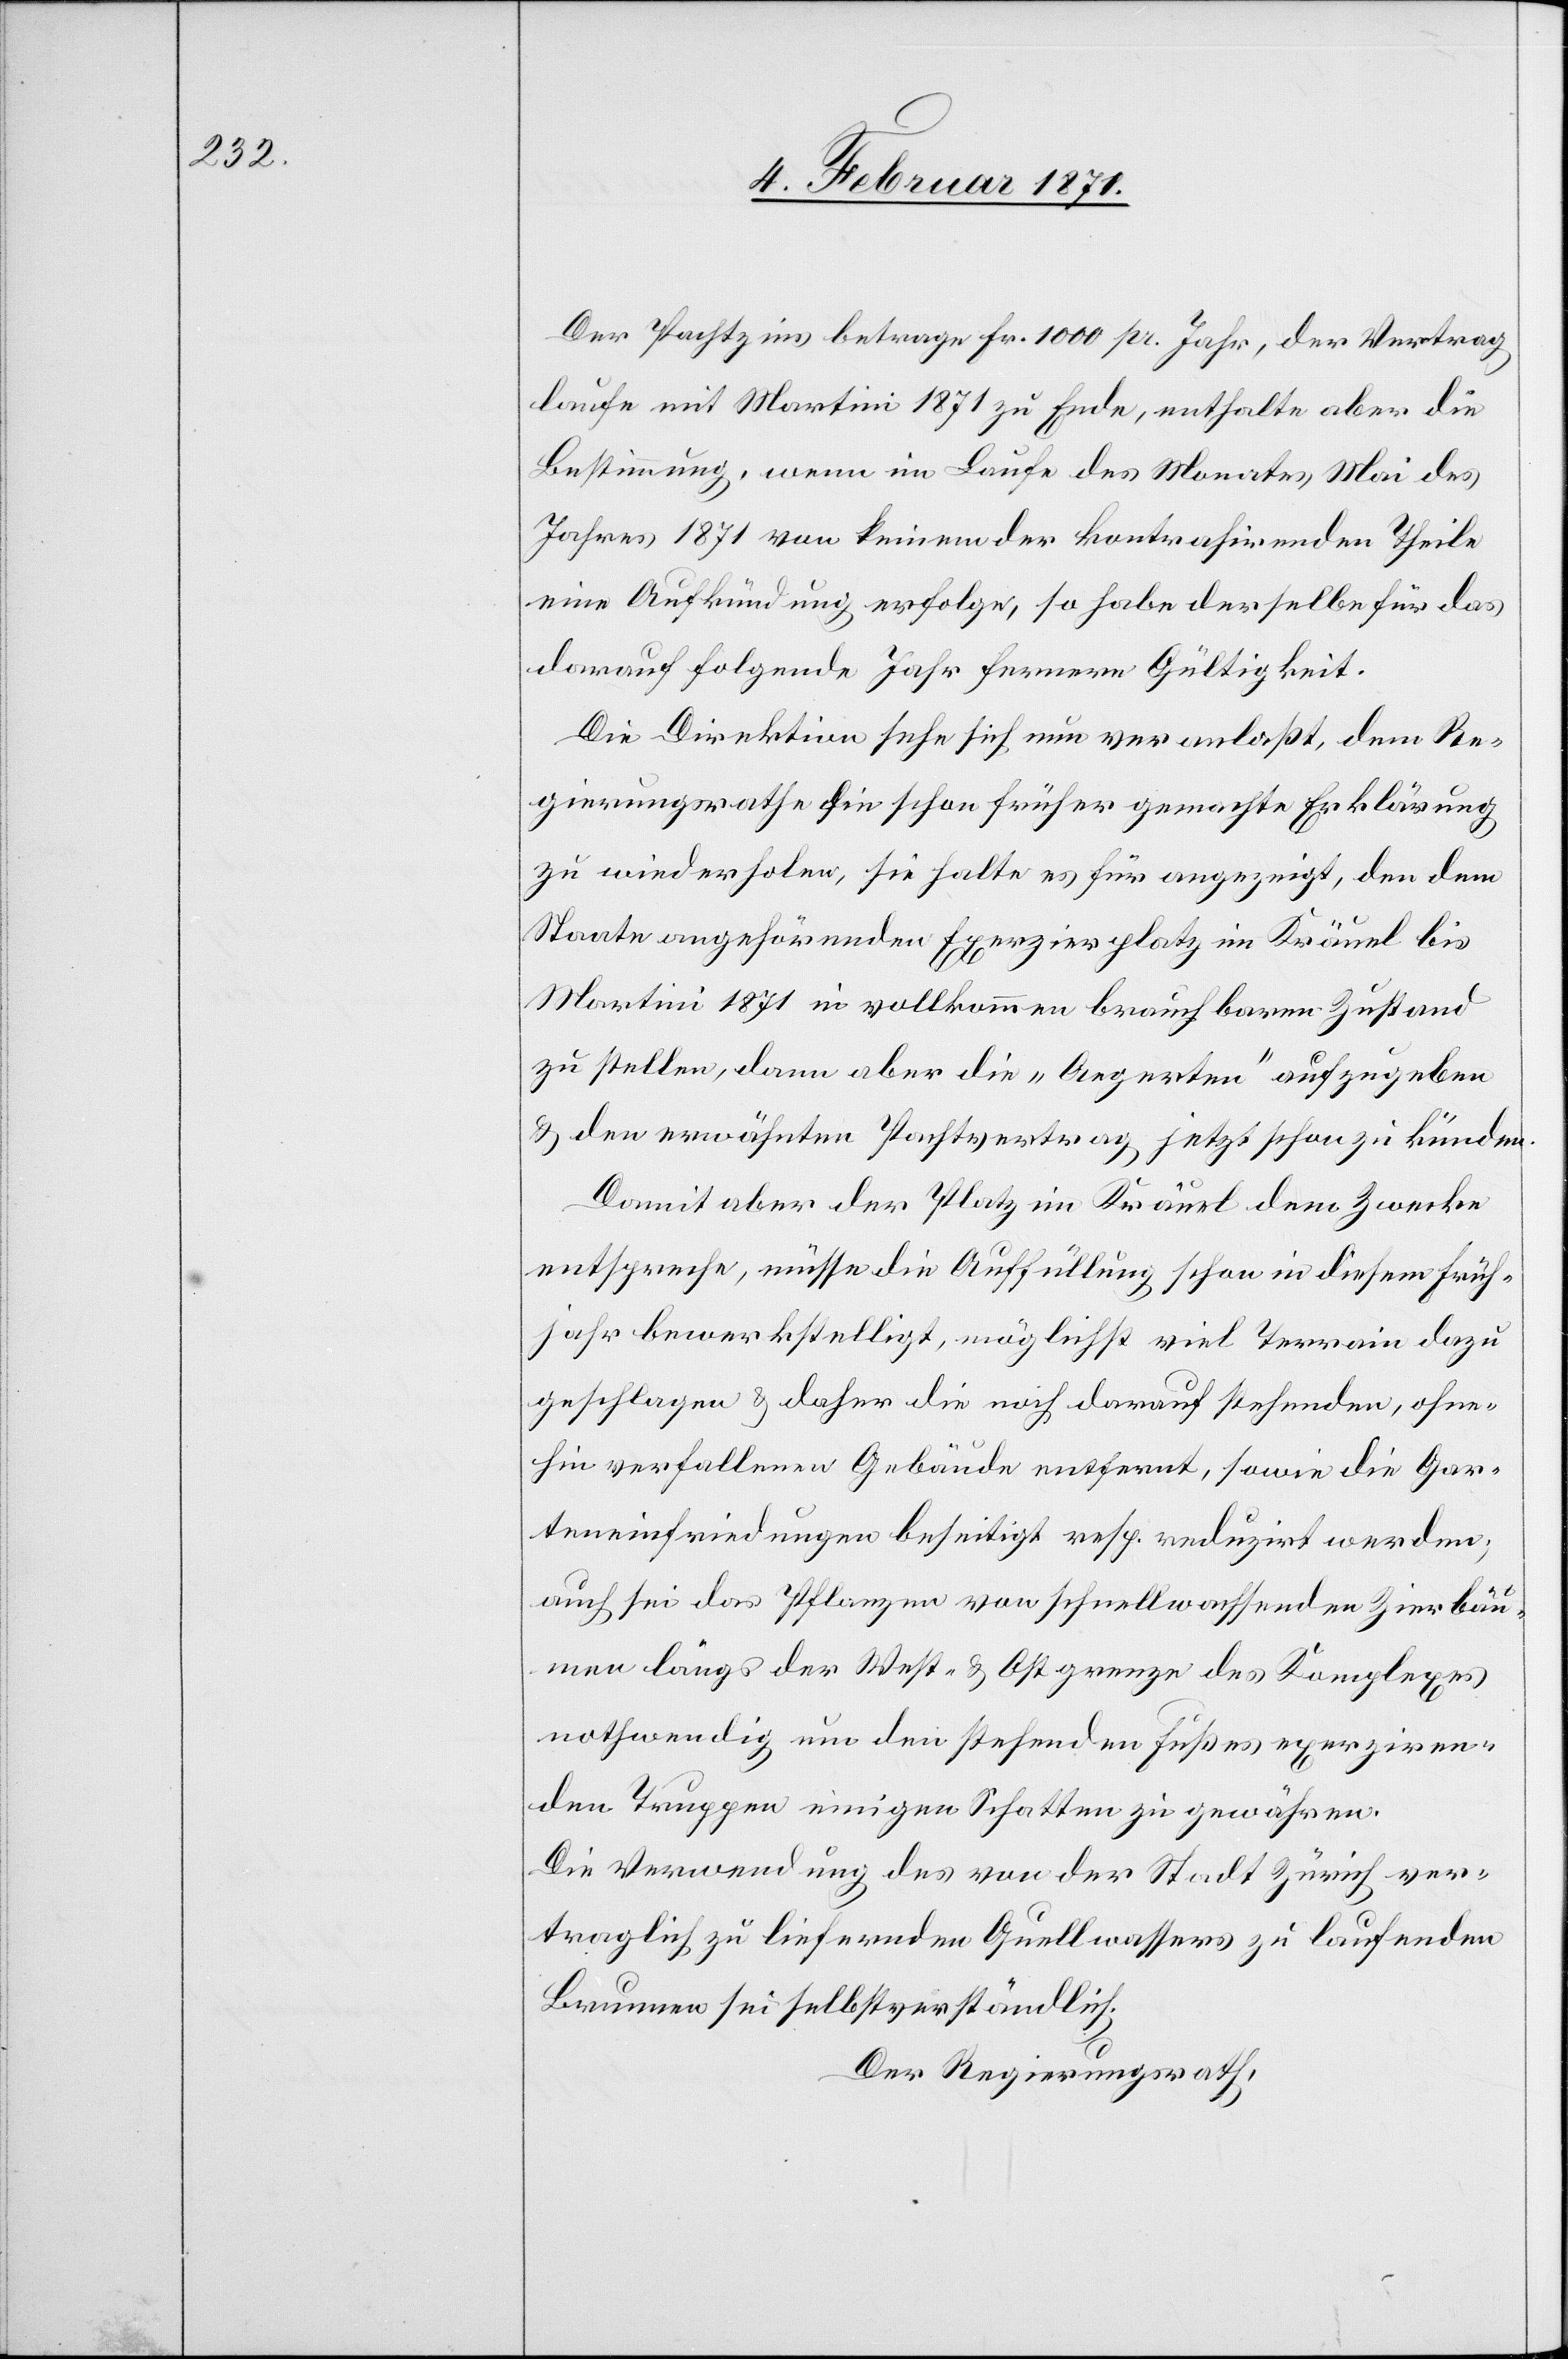
Der Pachtzins betrage Fr. 1000 pr. Jahr, der Vertrag
laufe mit Martini 1871 zu Ende, enthalte aber die
Bestimmung, wenn im Laufe des Monates Mai des
Jahres 1871 von keinem der kontrahirenden Theile
eine Aufkündung erfolge, so habe derselbe für das
darauf folgende Jahr fernere Gültigkeit.
Die Direktion sehe sich nun veranlaßt, dem Re¬
gierungsrathe die schon früher gemachte Erklärung
zu wiederholen, sie halte es für angezeigt, den dem
Staate angehörenden Exerzierplatz im Kräuel bis
Martini 1871 in vollkommen brauchbarem Zustand
zu stellen, dann aber die „Aegerten“ aufzugeben
u. den erwähnten Pachtvertrag jetzt schon zu künden.
Damit aber der Platz im Kräuel dem Zwecke
entspreche, müsse die Auffüllung schon in diesem Früh¬
jahr bewerkstelligt, möglichst viel Terrain dazu
geschlagen u. daher die noch darauf stehenden, ohne¬
hin verfallenen Gebäude entfernt, sowie die Gar¬
teneinfriedungen beseitigt resp. reduzirt werden;
auch sei das Pflanzen von schnellwachsenden Zierbäu¬
men längs der West- u. Ostgrenze des Komplexes
nothwendig um den stehenden Fußes exerziren¬
den Truppen einigen Schatten zu gewähren.
Die Verwendung des von der Stadt Zürich ver¬
traglich zu liefernden Quellwassers zu laufenden
Brunnen sei selbstverständlich.
Der Regierungsrath,